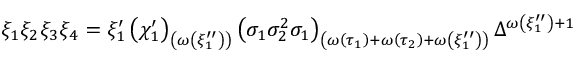
\xi _ { 1 } \xi _ { 2 } \xi _ { 3 } \xi _ { 4 } = \xi _ { 1 } ^ { \prime } \left( \chi _ { 1 } ^ { \prime } \right) _ { \left( \omega \left( \xi _ { 1 } ^ { \prime \prime } \right) \right) } \left( \sigma _ { 1 } \sigma _ { 2 } ^ { 2 } \sigma _ { 1 } \right) _ { \left( \omega \left( \tau _ { 1 } \right) + \omega \left( \tau _ { 2 } \right) + \omega \left( \xi _ { 1 } ^ { \prime \prime } \right) \right) } \Delta ^ { \omega \left( \xi _ { 1 } ^ { \prime \prime } \right) + 1 }